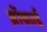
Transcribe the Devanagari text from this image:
ब्रोंकाई